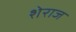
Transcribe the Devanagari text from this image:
शेराज